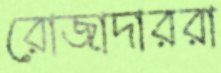
রোজাদাররা